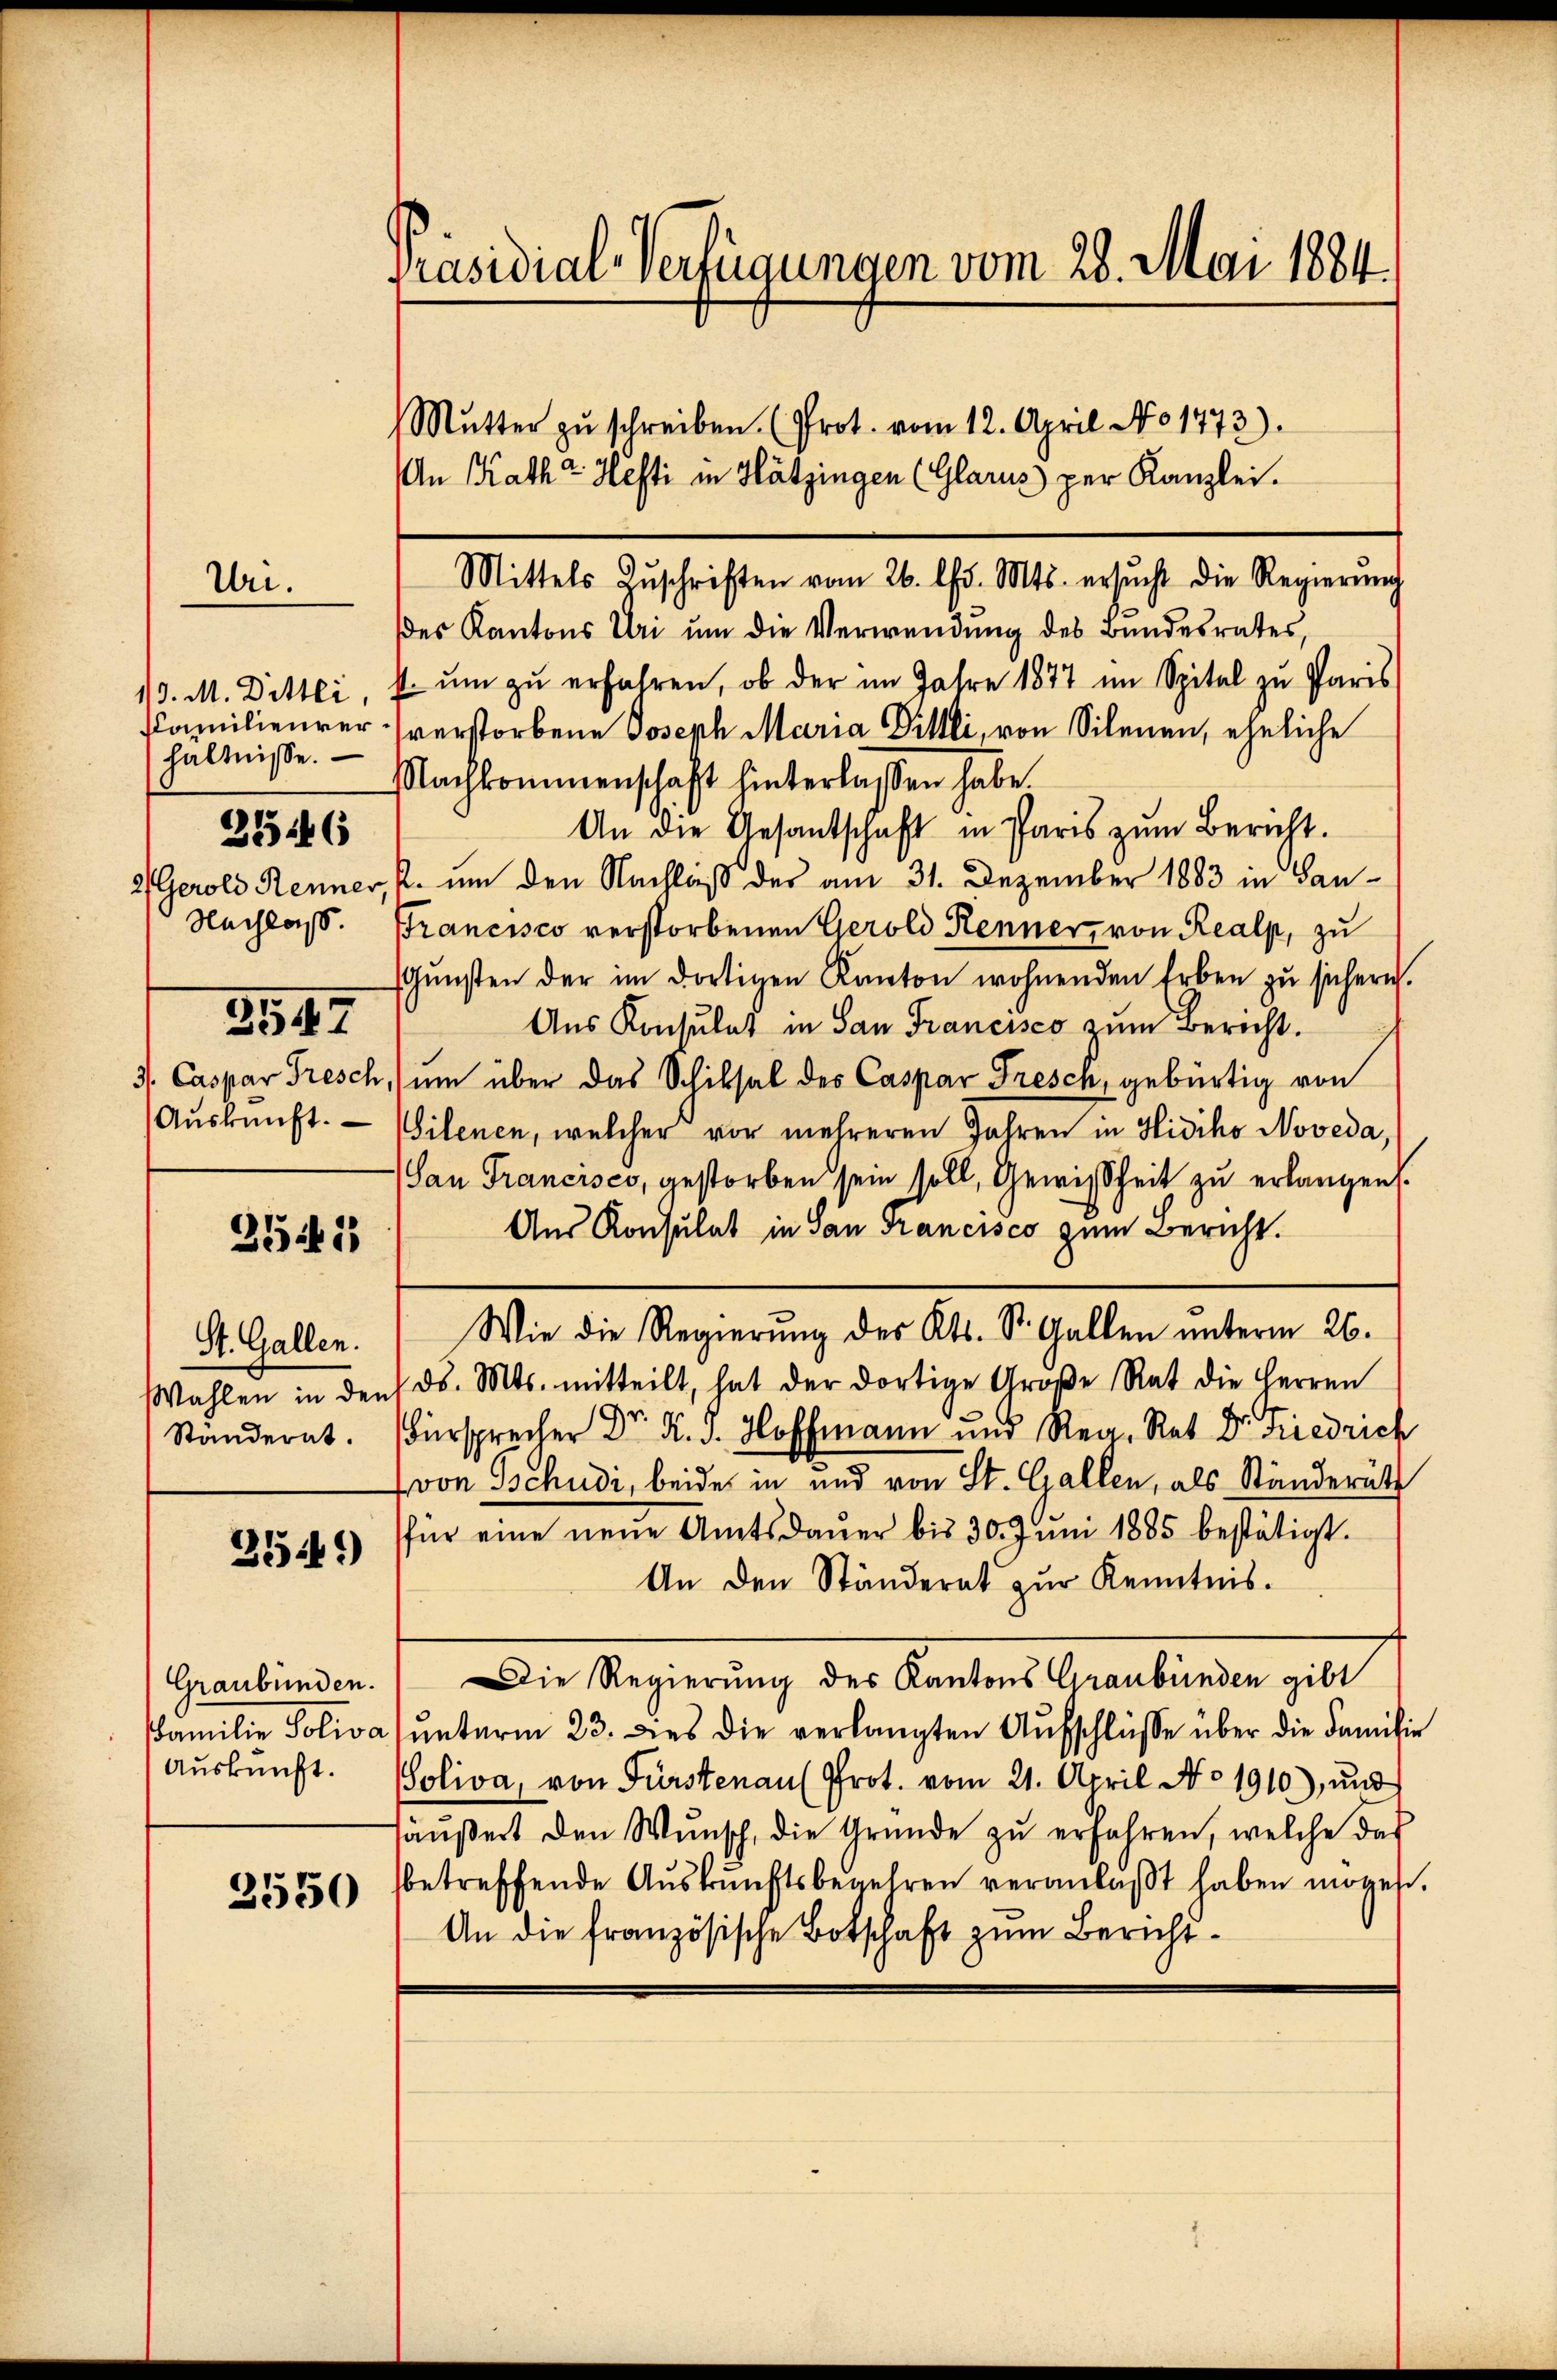
Ure.

hältnisse.

3546

31947

354. 1

St. Gallen.

3544)

Graubünden.

3550

des Kantons Uri um die Verwendung des Bundesrates,
13. M. Dittei, s ŭm zŭ erfahren, ob der im Jahre 1877 im Spital zu Paris
Familieurer verstorbene Joseph Maria Dillli, von Silenen, eheliche
Nachkommenschaft hinterlassen habe.
An die Gesandschaft in Paris zŭm Bericht.
2) Gerold Renner, u. um den Nachlaß des am 31. Dezember 1883 in San¬
Nachlaß. Francisco verstorbenen Gerold Kenner, von Realp, zu
Gŭnsten der im dortigen Kanton wohnenden Erben zu sichern.
Aus Konsulat in San Francisco zum Bericht.
3. Caspar Tresch, (um über das Schiksal des Caspar Fresch, gebürtig von
Aŭskŭnft. Wilenen, welcher vor mehreren Jahren in Hidiho Noveda,
(San Francisco, gestorben sein soll, Gewissheit zu erlangen.
Aus Konsulat in San Francisco zum Bericht.
Wie die Regierung des Kts. St. Gallen unterm 26.
Wahlen in den d. Mts. mitteilt, hat der dortige Große Rat die Herren
Standersprech Dr. Hofmann und Reg. Rat Dr. Friedrich
von Tschudi, beide in und von St. Gallen, als Ständeräth
für eine neŭe Amtsdaŭer bis 30. Jŭni 1885 bestätigt.
An den Ständerat zur Kenntnis.
Die Regierung des Kantons Graubünden gibt
Familie Soliva ŭnterm 23. Dies die verlangten Aŭfschlüsse über die Famili
Aŭskŭnft. Soliva, von Fürstenau (Prot. vom 21. April No 1910), und
häußert den Wŭnsch, die Gründe zŭ erfahren, welche das
betreffende Aŭskŭnftsbegehren veranlaßt haben möge
An die französische Botschaft zum Bericht¬

Präsidial-Verfügungen vom 28. Mai 1884.

An Kathe Hefti in Hätzingen (Glarus per Kanzlei.

Mŭtter zŭ schreiben (Prot. vom 12. April No 1473).

Mittels Zŭschriften vom 26. Chr. Mts. ersŭcht die Regierŭng